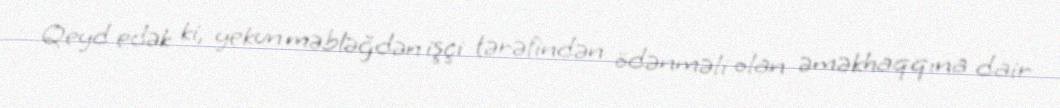
Qeyd edək ki, yekun məbləğdən işçi tərəfindən ödənməli olan əməkhaqqına dair